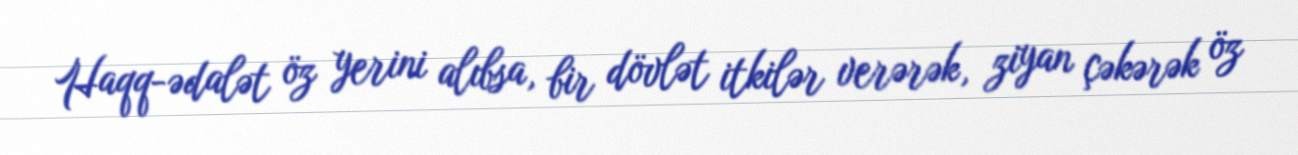
Haqq-ədalət öz yerini alıbsa, bir dövlət itkilər verərək, ziyan çəkərək öz